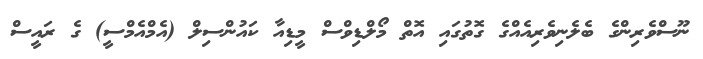
ނޫސްވެރިންގެ ބެލެނިވެރިއެއްގެ ގޮތުގައި އޮތް މޯލްޑިވްސް މީޑިއާ ކައުންސިލް (އެމްއެމްސީ) ގެ ރައީސް